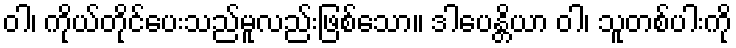
ဝါ၊ ကိုယ်တိုင်ပေးသည်မူလည်းဖြစ်သော။ ဒါပေန္တိယာ ဝါ၊ သူတစ်ပါးကို